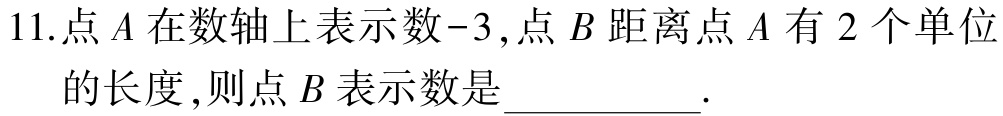
11.点\(A\)在数轴上表示数\(-3\)，点\(B\)距离点\(A\)有\(2\)个单位的长度，则点\(B\)表示数是__________.